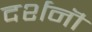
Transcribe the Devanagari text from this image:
दर्शनॊं